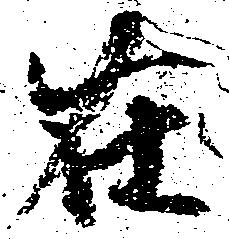
在